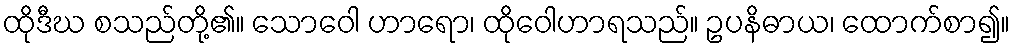
ထိုဒီဃ စသည်တို့၏။ သောဝေါ ဟာရော၊ ထိုဝေါဟာရသည်။ ဥပနိဓာယ၊ ထောက်စာ၍။